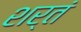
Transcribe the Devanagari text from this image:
शर्तं